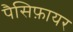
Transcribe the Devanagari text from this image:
पैसिफ़ायर